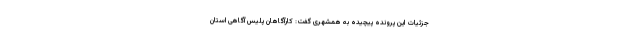
جزئیات این پرونده پیچیده به همشهری گفت: کارآگاهان پلیس آگاهی استان